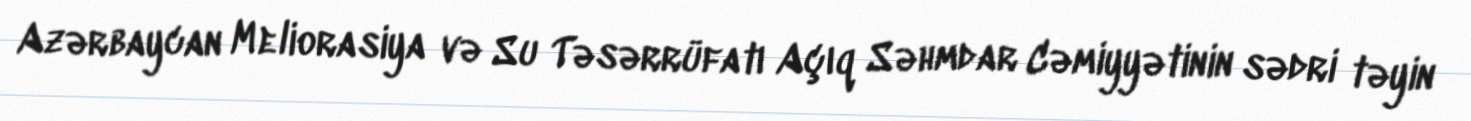
Azərbaycan Meliorasiya və Su Təsərrüfatı Açıq Səhmdar Cəmiyyətinin sədri təyin